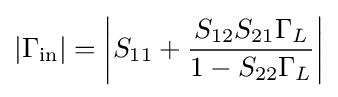
|\Gamma _{\mathrm {in} }|=\left|S_{11}+{\frac {S_{12}S_{21}\Gamma _{L}}{1-S_{22}\Gamma _{L}}}\right|